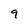
Character: 9